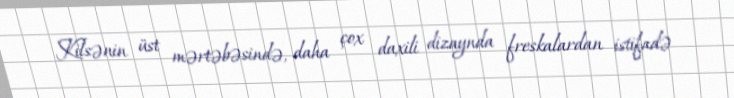
Kilsənin üst mərtəbəsində, daha çox daxili dizaynda freskalardan istifadə